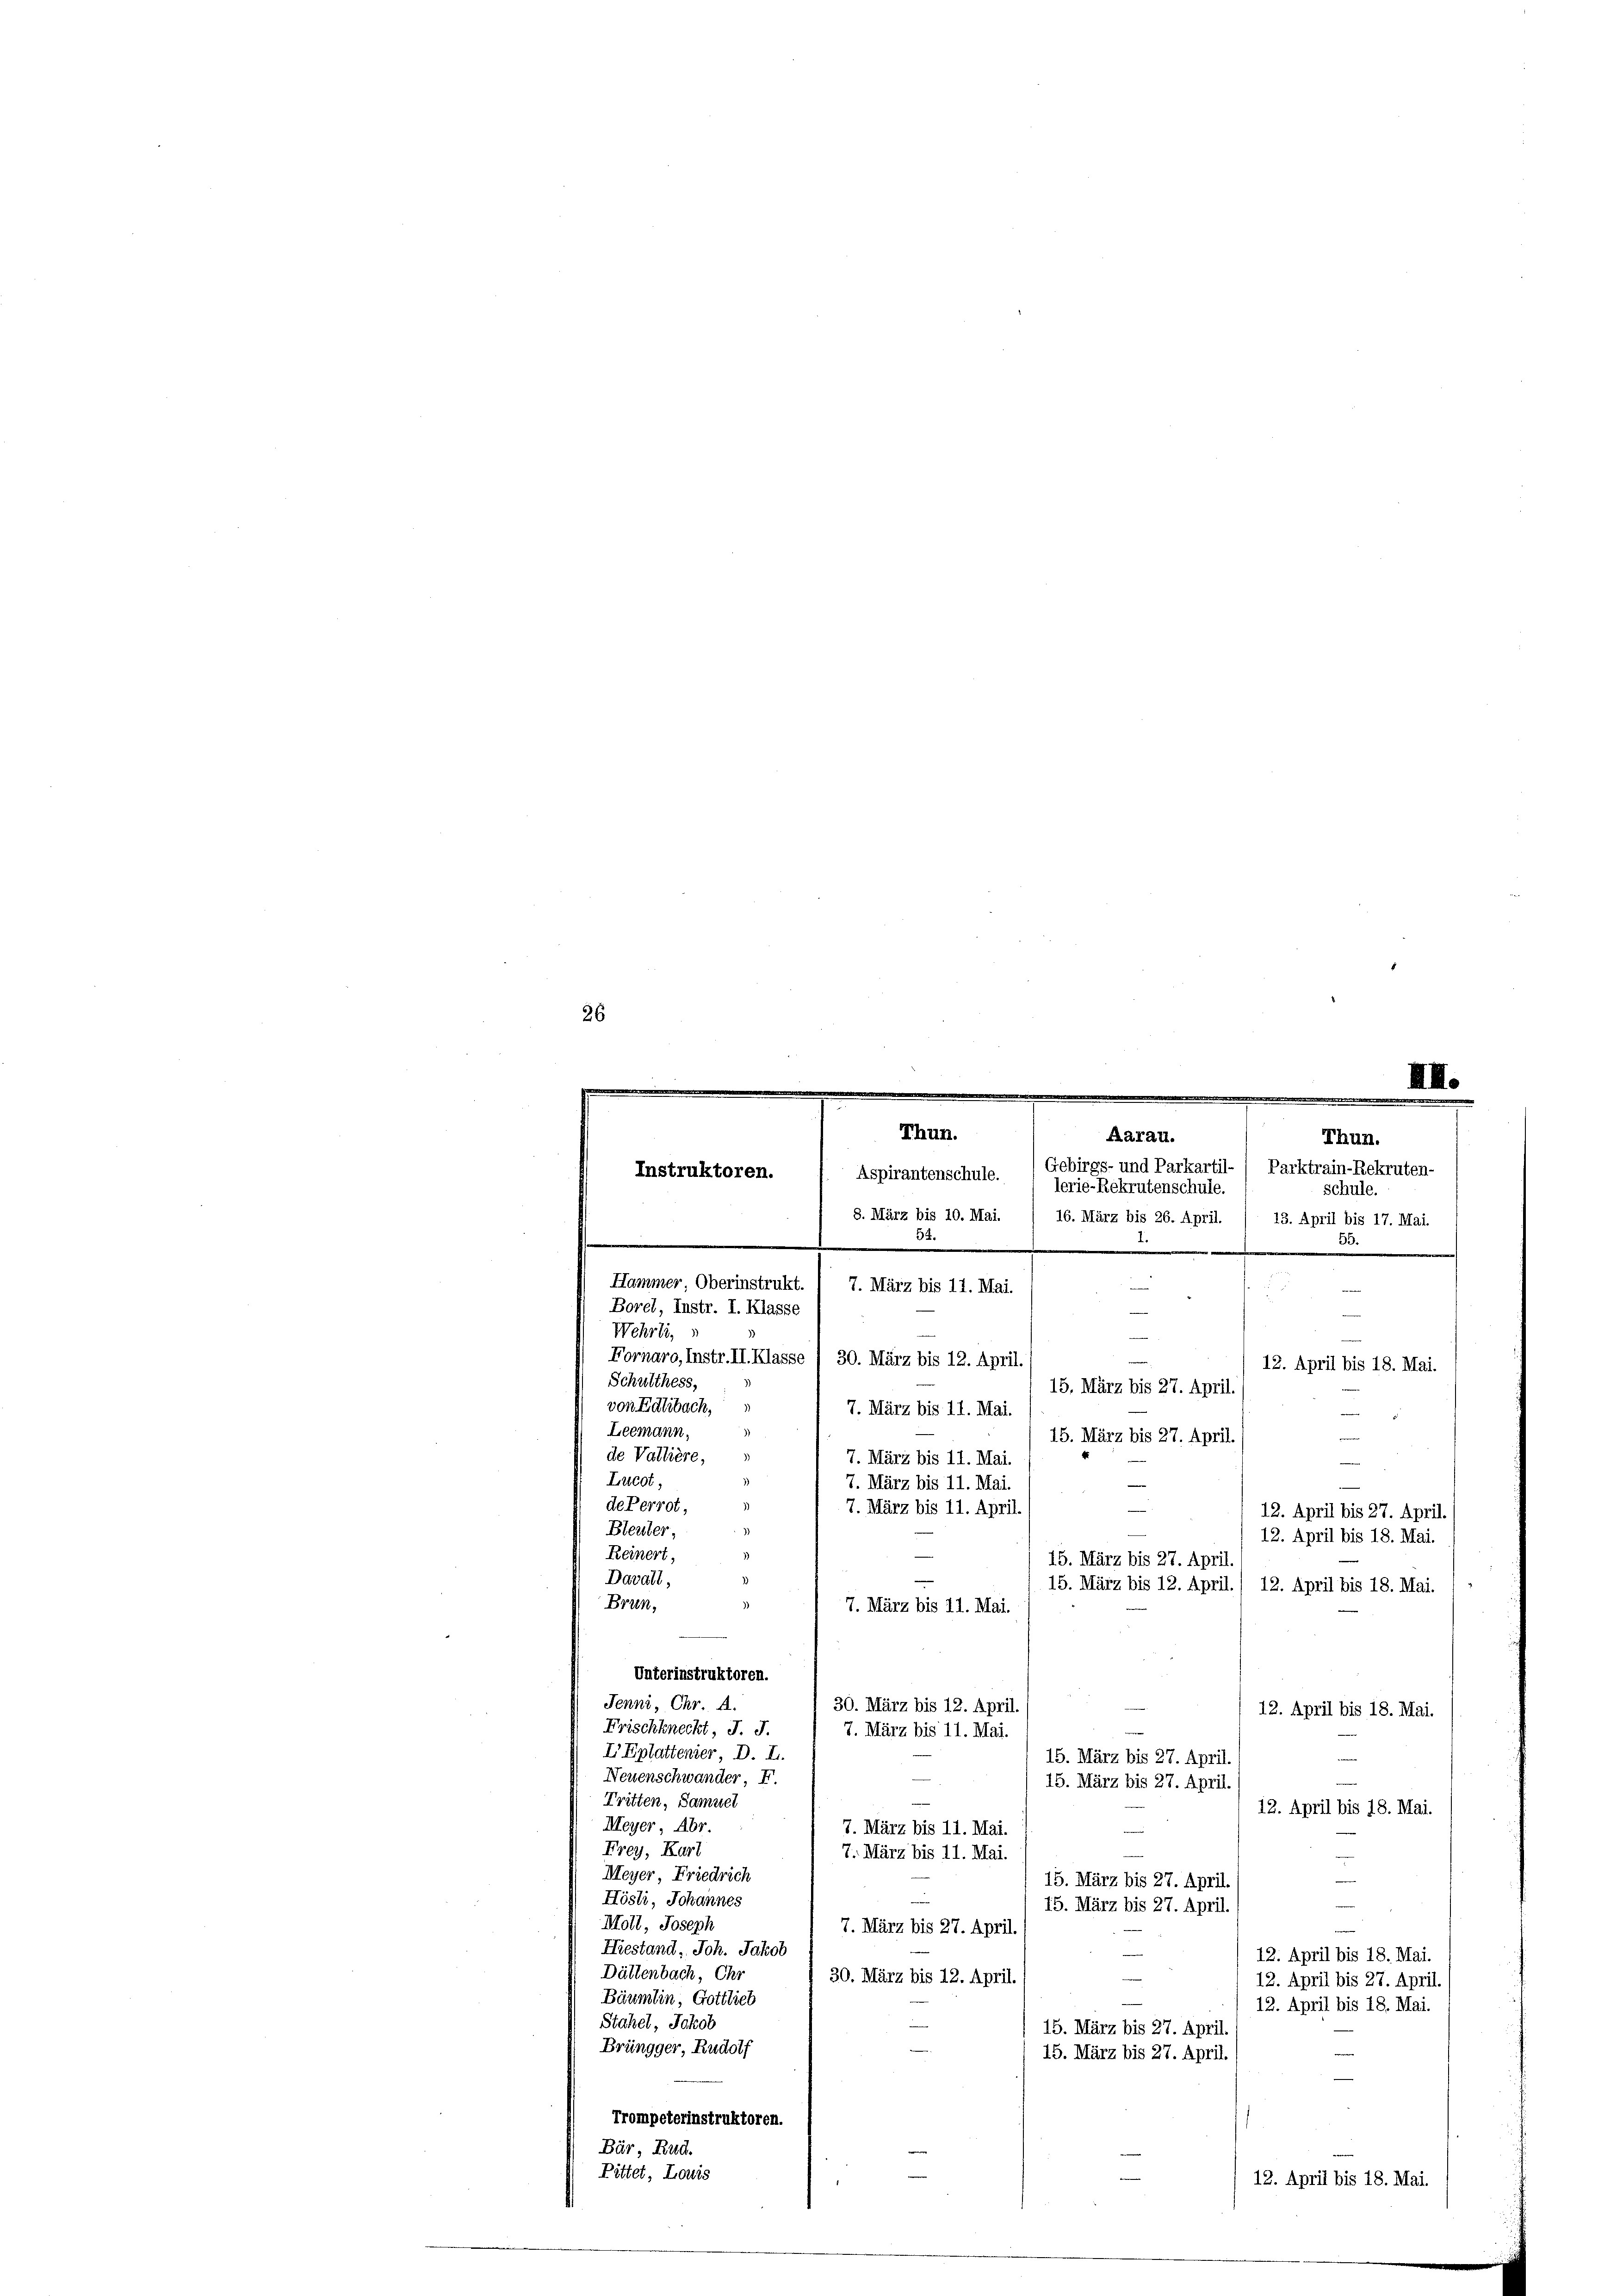
26.
XII.
.

Thun.
Aarau.
Thun.
Gebirgs- und Parkartil- / Parktrain-Rekruten-
Instruktoren.
Aspirantenschule.
lerie-Rekrutenschule.
schule.
8. März bis 10. Mai. / 16. März bis 26. April. / 13. April bis 17. Mai.
54.
55.
.
Hammer, Oberinstrukt
und
7. März bis 17. Mai.
d
Borel, Instr. I. Klasse
–
Wehrli,
e
Fornaro, Instr. II. Klasse (30. März bis 12. April.
e
12. April bis 18. Mai.
Schulthess,
15. März bis 27. April.
von Edtbach,
7. März bis 11. Mai.

Leemann,
15. März bis 27. April.
de Vallière,
7. März bis 11. Mai.
Lucot,
dePerrot,
12. April bis 27. April.
Bleuter,
12. April bis 18. Mai.
Reinert,
)
15. März bis 27. April.
—
Davall,
15. März bis 12. April. / 12. April bis 18. Mai.
Brun,
7. März bis 11. Mai.
Unterinstruktoren.
Jenni, Chr. A.
30. März bis 12. April.
12. April bis 18. Mai.
Frischkneckt, J. J.
7. März bis 11. Mai.
I Eplattenier, D. L.
15. März bis 27. April.
Neuenschwander F.
15. März bis 27. April.
Tritten, Samuel
12. April bis 18. Mai.
Meyer, Abr
7. März bis 11. Mai.
Frey, Kart
7. März bis 11. Mai
Meyer, Friedrich
15. März bis 27. April.
Hösli, Johannes
15. März bis 27. April.
Moll, Joseph
7. März bis 27. April.
Hiestand, Ich. Jakob
12. April bis 18. Mai.
Dättenbach, Ehr
30. März bis 12. April.
12. April bis 27. April.
Bäumlin, Gottlich
12. April bis 18. Mai.
Stahel, Jakob
15. März bis 27. April.
Brüngger, Rudolf
e
15. März bis 27. April.
Trompeterinstruktoren.
Bär, Rud.
Pittet, Louis
12. April bis 18. Mai.

7. März bis 11. Mai.
7. März bis 11. April.